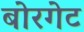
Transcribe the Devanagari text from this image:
बोरगेट